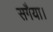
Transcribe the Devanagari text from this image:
सगैया।